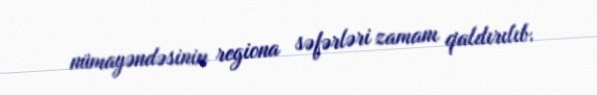
nümayəndəsinin regiona səfərləri zamanı qaldırılıb.